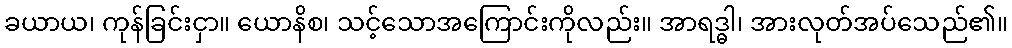
ခယာယ၊ ကုန်ခြင်းငှာ။ ယောနိစ၊ သင့်သောအကြောင်းကိုလည်း။ အာရဒ္ဓါ၊ အားလုတ်အပ်သေည်၏။